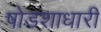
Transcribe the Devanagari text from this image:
षोडशाधारी